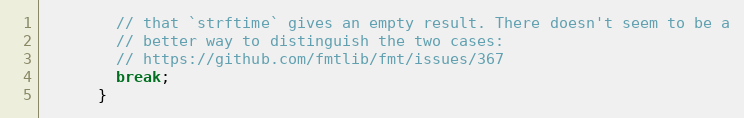
Language: C
        // that `strftime` gives an empty result. There doesn't seem to be a
        // better way to distinguish the two cases:
        // https://github.com/fmtlib/fmt/issues/367
        break;
      }